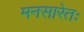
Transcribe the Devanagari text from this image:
मनसारेतः